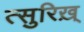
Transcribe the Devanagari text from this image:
त्सुरिख़्